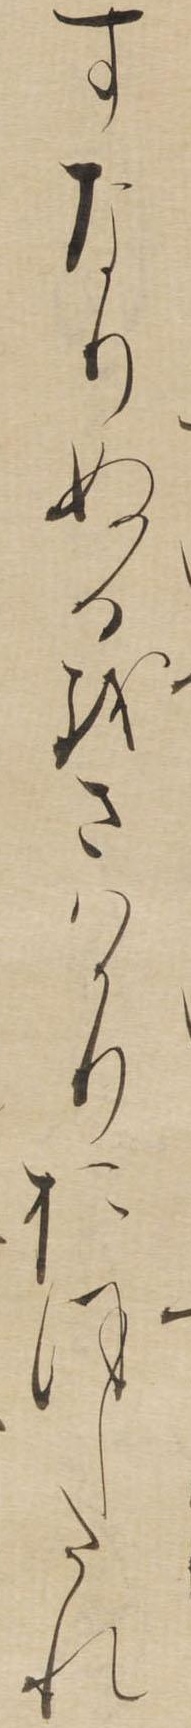
すなりぬるをさはかりおほしたれ